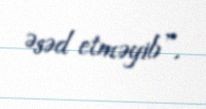
Əsəd etməyib”.